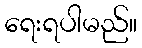
ရေးရပါမည်။